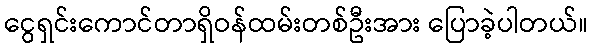
ငွေရှင်းကောင်တာရှိဝန်ထမ်းတစ်ဦးအား ပြောခဲ့ပါတယ်။